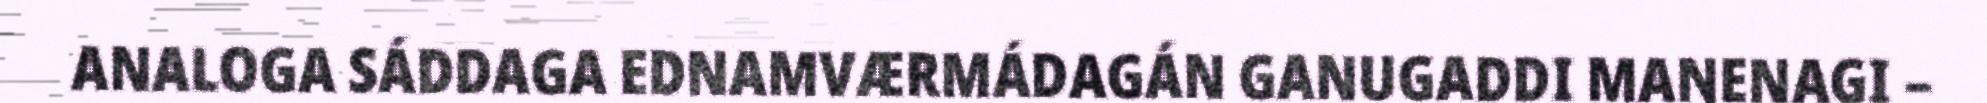
ANALOGA SÁDDAGA EDNAMVÆRMÁDAGÁN GANUGADDI MAŊENAGI –